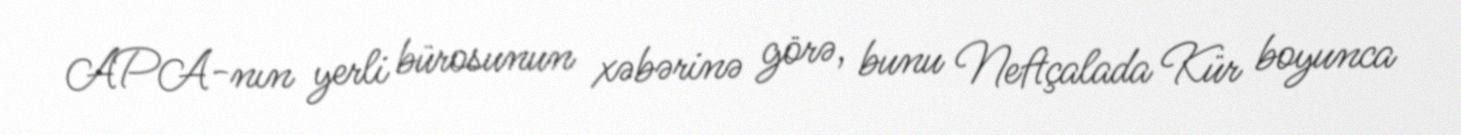
APA-nın yerli bürosunun xəbərinə görə, bunu Neftçalada Kür boyunca